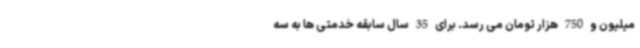
میلیون و 750 هزار تومان می رسد. برای 35 سال سابقه خدمتی ها به سه